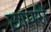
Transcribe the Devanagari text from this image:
छापरी